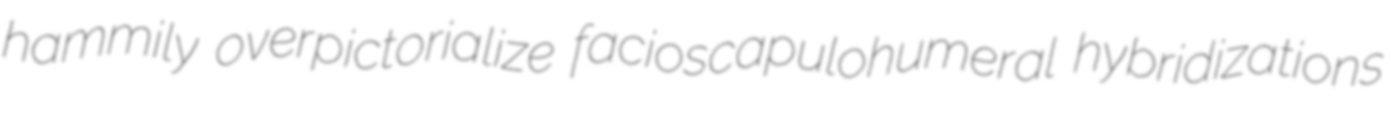
hammily overpictorialize facioscapulohumeral hybridizations